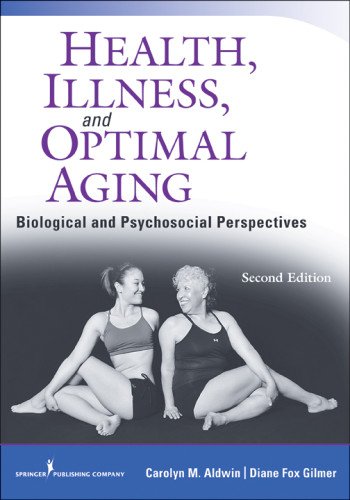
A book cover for Health, Illness, and Optimal Aging, Second Edition: Biological and Psychosocial Perspectives; Carolyn Aldwin Ph.D.; Medical Books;